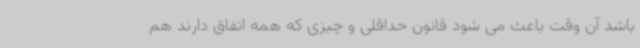
باشد آن وقت باعث می شود قانون حداقلی و چیزی که همه اتفاق دارند هم